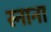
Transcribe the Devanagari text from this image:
स्नाना